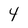
Character: 4